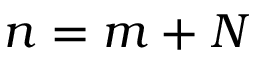
n = m + N